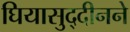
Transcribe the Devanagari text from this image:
घियासुद्दीनने